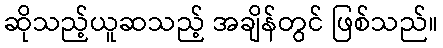
ဆိုသည့်ယူဆသည့် အချိန်တွင် ဖြစ်သည်။